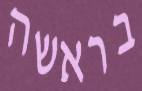
בראשה